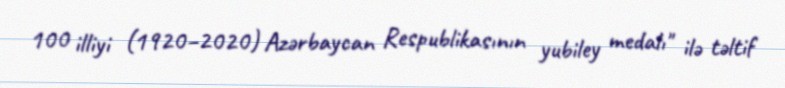
100 illiyi (1920–2020) Azərbaycan Respublikasının yubiley medalı" ilə təltif